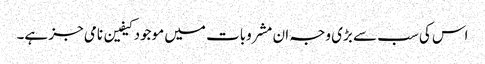
اس کی سب سے بڑی وجہ ان مشروبات میں موجود کیفین نامی جز ہے۔